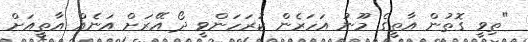
"ތިވީ ގޮތުން އާތީގެ މޫނު އަހަރެން ކުރަހަންވީ ދޯ އޭރަށް އަނެއް އާތީއަށް